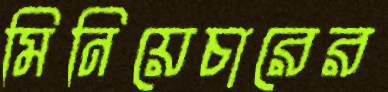
মিনিয়েচারের